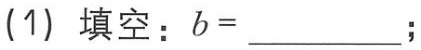
(1) 填空：\(b = \underline{\quad\quad}\);